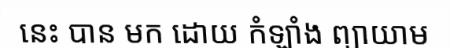
នេះ បាន មក ដោយ កំឡាំង ព្យាយាម